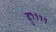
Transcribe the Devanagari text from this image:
हु११११